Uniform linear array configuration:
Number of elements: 24
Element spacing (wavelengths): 0.75
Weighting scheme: hamming
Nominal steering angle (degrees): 15
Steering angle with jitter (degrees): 13.661
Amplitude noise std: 0.05
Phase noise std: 0.05

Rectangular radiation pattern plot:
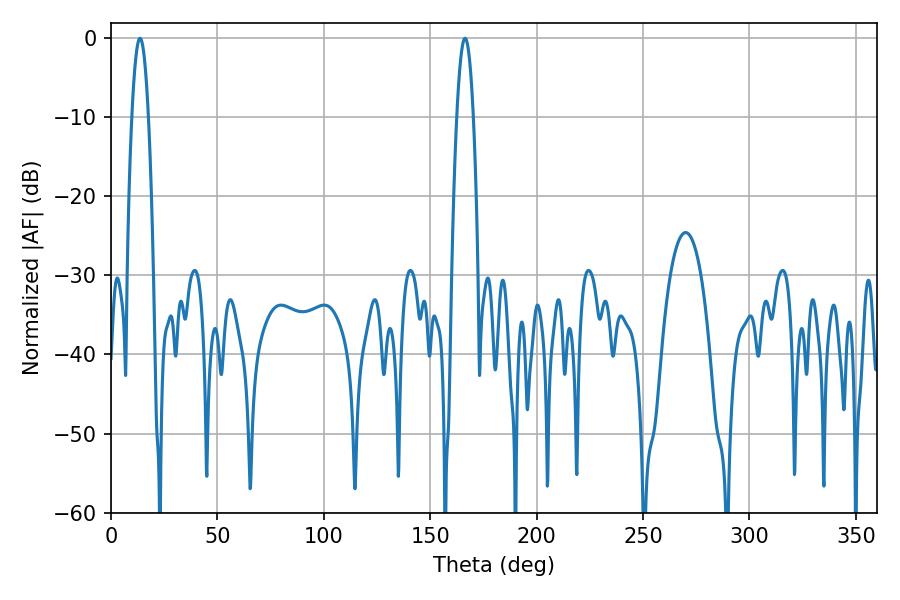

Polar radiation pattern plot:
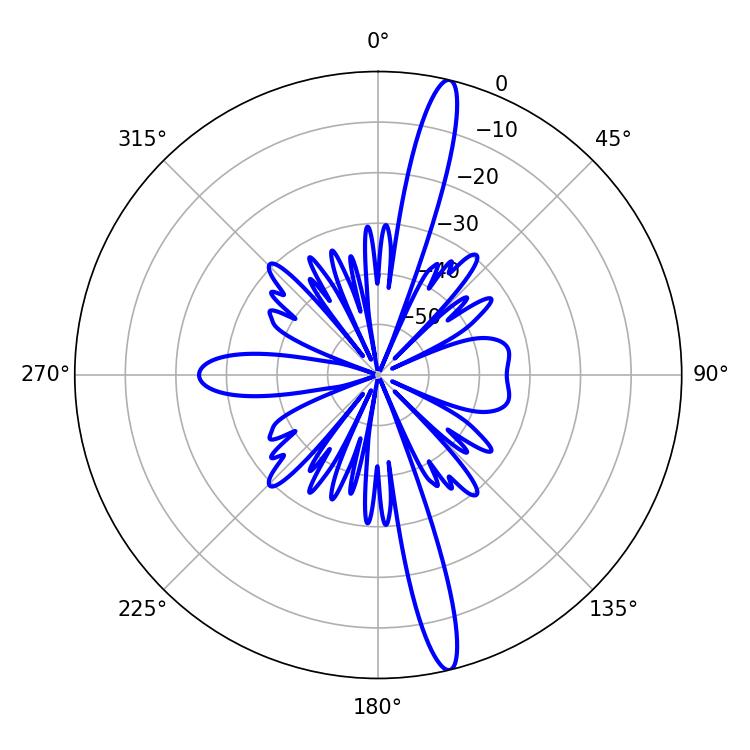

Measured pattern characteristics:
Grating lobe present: TRUE
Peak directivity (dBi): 17.255
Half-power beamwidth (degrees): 4.32
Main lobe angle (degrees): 13.68